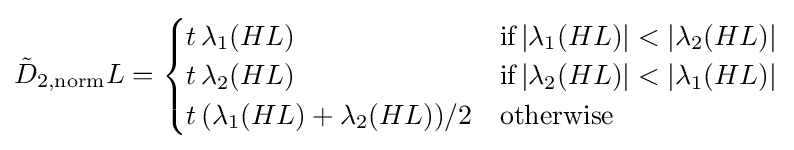
{\tilde {D}}_{2,\mathrm {norm} }L={\begin{cases}t\,\lambda _{1}(HL)&{\mbox{if}}\,|\lambda _{1}(HL)|<|\lambda _{2}(HL)|\\t\,\lambda _{2}(HL)&{\mbox{if}}\,|\lambda _{2}(HL)|<|\lambda _{1}(HL)|\\t\,(\lambda _{1}(HL)+\lambda _{2}(HL))/2&{\mbox{otherwise}}\end{cases}}